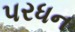
પરધન